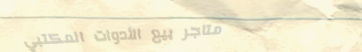
متاجر بيع الأدوات المكتبي